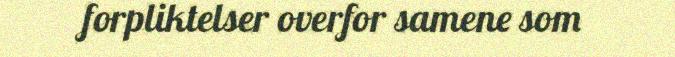
forpliktelser overfor samene som